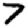
Digit: 7